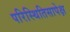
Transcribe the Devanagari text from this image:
परिस्थितिसापेक्ष